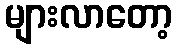
များလာတော့